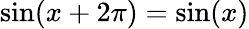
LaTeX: \sin(x+2\pi)=\sin(x)